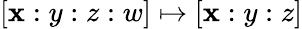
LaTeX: [\mathbf{x}:y:z:w]\mapsto[\mathbf{x}:y:z]